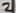
Text: 2